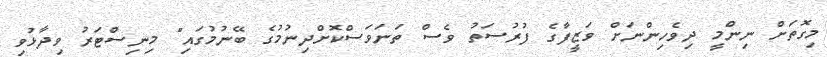
މިގޮތަށް ނިންމީ ދިވެހިންނަށް ވަޒީފާގެ ފުރުސަތު ވެސް ތަނަވަސްކޮށްދިނުމުގެ ބޭނުމުގައި" މިނިސްޓަރު ވިދާޅުވި